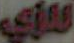
للزي